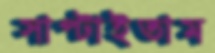
সাপ্‌টাইতাম